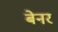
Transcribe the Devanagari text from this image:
बेनर